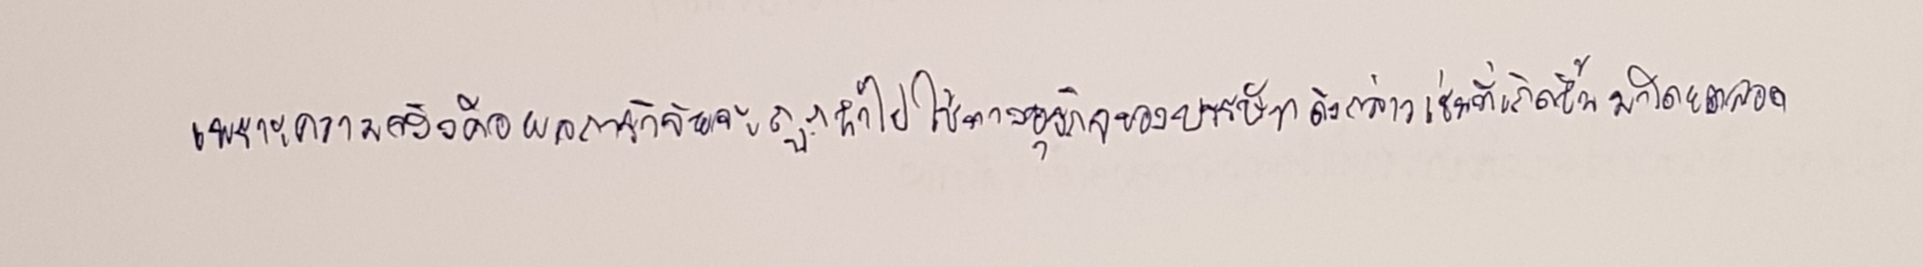
เพราะความจริงคือผลการวิจัยจะถูกนำไปใช้ทางธุรกิจของบรรษัทดังกล่าวเช่นที่เกิดขึ้นมาโดยตลอด